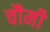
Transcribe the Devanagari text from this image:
चौमी